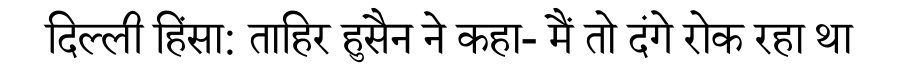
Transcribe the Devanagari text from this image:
दिल्ली हिंसा: ताहिर हुसैन ने कहा- मैं तो दंगे रोक रहा था